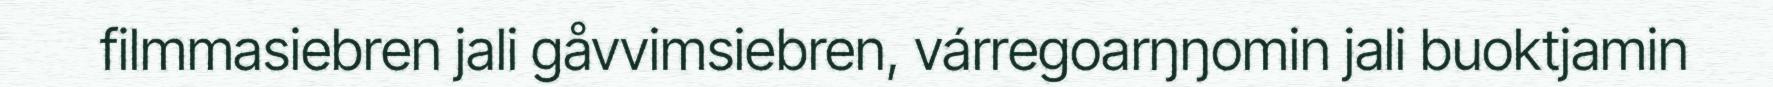
filmmasiebren jali gåvvimsiebren, várregoarŋŋomin jali buoktjamin